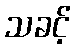
သခင့်